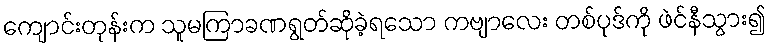
ကျောင်းတုန်းက သူမကြာခဏရွတ်ဆိုခဲ့ရသော ကဗျာလေး တစ်ပုဒ်ကို ဖဲင်နီသွား၍